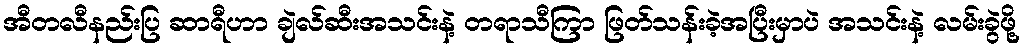
အီတလီနည်းပြ ဆာရီဟာ ချဲလ်ဆီးအသင်းနဲ့ တရာသီကြာ ဖြတ်သန်းခဲ့အပြီးမှာပဲ အသင်းနဲ့ လမ်းခွဲဖို့